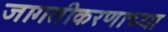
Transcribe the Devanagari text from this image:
जागतीकरणाच्या